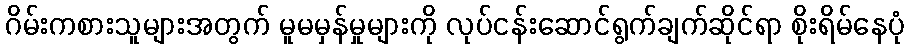
ဂိမ်းကစားသူများအတွက် မူမမှန်မှုများကို လုပ်ငန်းဆောင်ရွက်ချက်ဆိုင်ရာ စိုးရိမ်နေပုံ